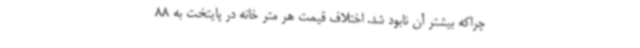
چراکه بیشتر آن نابود شد. اختلاف قیمت هر متر خانه در پایتخت به 88